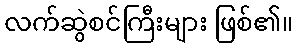
လက်ဆွဲစင်ကြီးများ ဖြစ်၏။